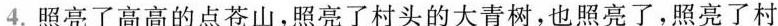
4.照亮了高高的点苍山，照亮了村头的大青树，也照亮了，照亮了村间的大道和小路…… ( )